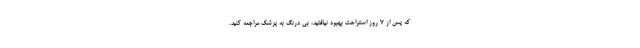
که پس از ۷ روز استراحت بهبود نیافتید، بی درنگ به پزشک مراجعه کنید.